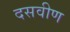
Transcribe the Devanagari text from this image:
दसवीण